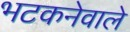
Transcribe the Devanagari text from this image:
भटकनेवाले